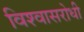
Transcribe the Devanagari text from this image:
विश्‍वासरोधी